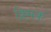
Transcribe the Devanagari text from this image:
क्र्मिक